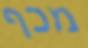
מכף